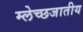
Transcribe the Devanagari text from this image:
म्लेच्छजातीय